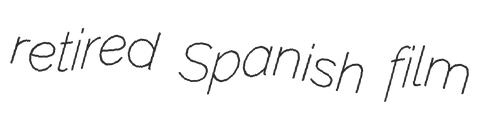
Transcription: retired Spanish film